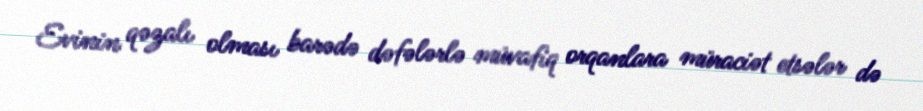
Evinin qəzalı olması barədə dəfələrlə müvafiq orqanlara müraciət etsələr də